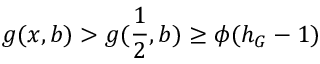
g ( x , b ) > g ( \frac { 1 } { 2 } , b ) \geq \phi ( h _ { G } - 1 )